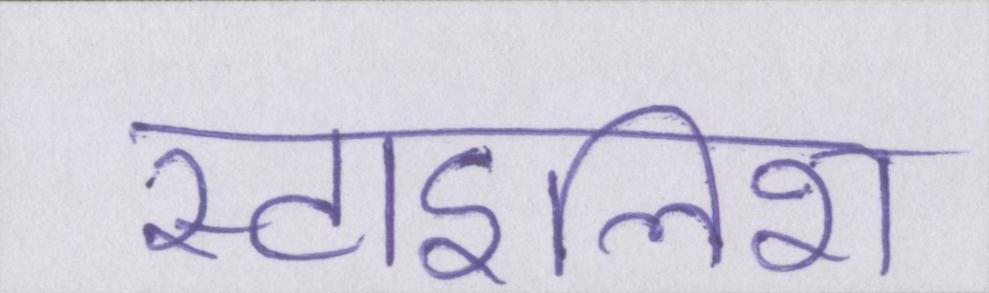
स्टाइलिश